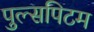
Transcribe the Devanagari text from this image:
पुल्सपिटम